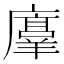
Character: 𫸇